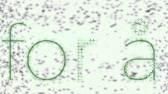
for å